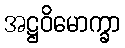
အဋ္ဌဝိမောက္ခာ